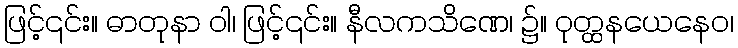
ဖြင့်၎င်း။ ဓာတုနာ ဝါ၊ ဖြင့်၎င်း။ နီလကသိဏေ၊ ၌။ ဝုတ္ထနယေနေဝ၊